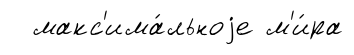
макс'има́льноjе м'и́ра